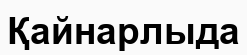
Қайнарлыда